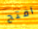
افتح